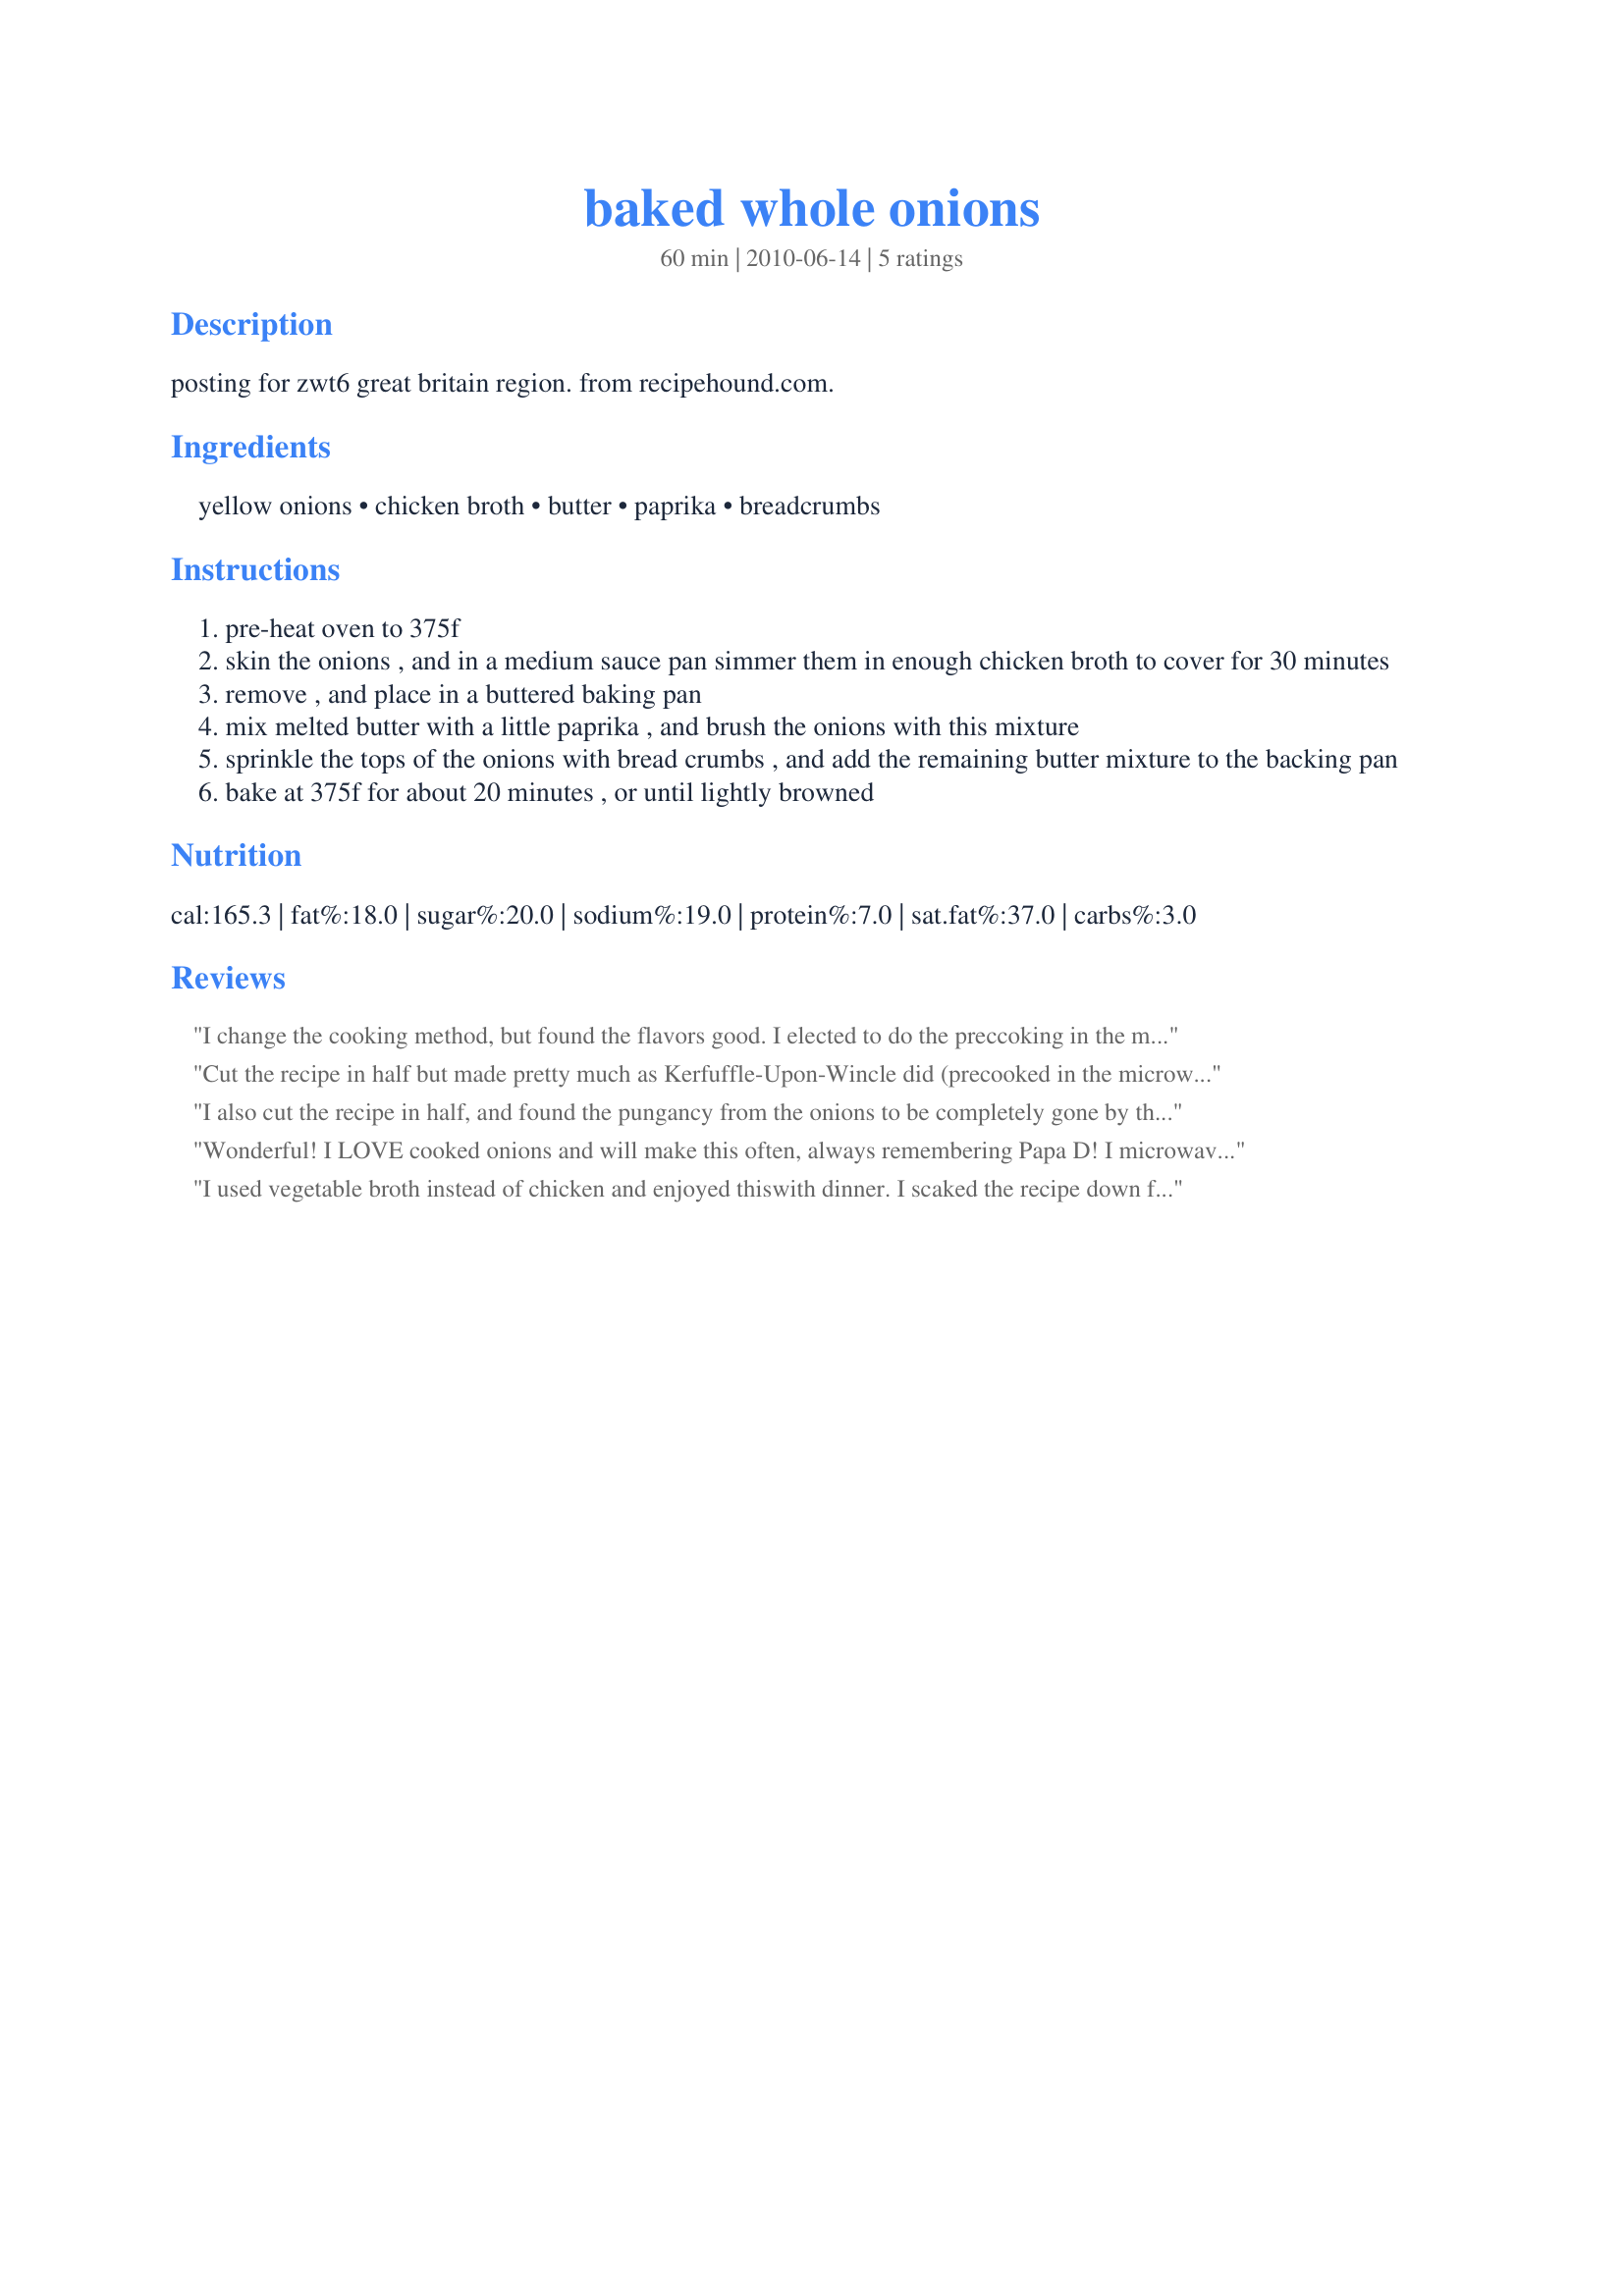
baked whole onions
Preparation time: 60 minutes

posting for zwt6 great britain region. from recipehound.com.

Ingredients:
yellow onions, chicken broth, butter, paprika, breadcrumbs

Steps:
pre-heat oven to 375f
skin the onions , and in a medium sauce pan simmer them in enough chicken broth to cover for 30 minutes
remove , and place in a buttered baking pan
mix melted butter with a little paprika , and brush the onions with this mixture
sprinkle the tops of the onions with bread crumbs , and add the remaining butter mixture to the backing pan
bake at 375f for about 20 minutes , or until lightly browned

Reviews:
I change the cooking method, but found the flavors good. I elected to do the preccoking in the microwve so I placed the whole onions in a casserole dish, added only one cup of broth, covered, and cooked until slightly soft. I then drained the liquid before topping & baking. I used smoked paprika & added a sprionkle of parsley. Served with Recipe #427369 and Recipe #429534 for ZWT6.
Cut the recipe in half but made pretty much as Kerfuffle-Upon-Wincle did (precooked in the microwave). So tasty. We love onions so I knew DH would completely devour his (which he did and I should have made the full amount). Definately will make this often. Made in memory of Papa D.
I also cut the recipe in half, and found the pungancy from the onions to be completely gone by the time the cooking process was over. Nothing was too overpowering, so I really did like the combination of flavours. Unfortunately, these did not make for good leftovers, which is fine, because there wasn't much to call leftovers.
Wonderful! I LOVE cooked onions and will make this often, always remembering Papa D! <br/><br/>I microwaved the four onions in one cup chicken broth for 10 minutes, then roasted the onions with part of the butter and smoked paprika in the oven for about 45 minutes ~ adding the buttered croutons the last 15 minutes. Made for Papa D's Cookathon, June 2012.
I used vegetable broth instead of chicken and enjoyed thiswith dinner. I scaked the recipe down for 2 onions. Thanks! Made for 123 Hit Wonders game.
